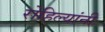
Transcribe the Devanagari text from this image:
रोहिल्यांनी